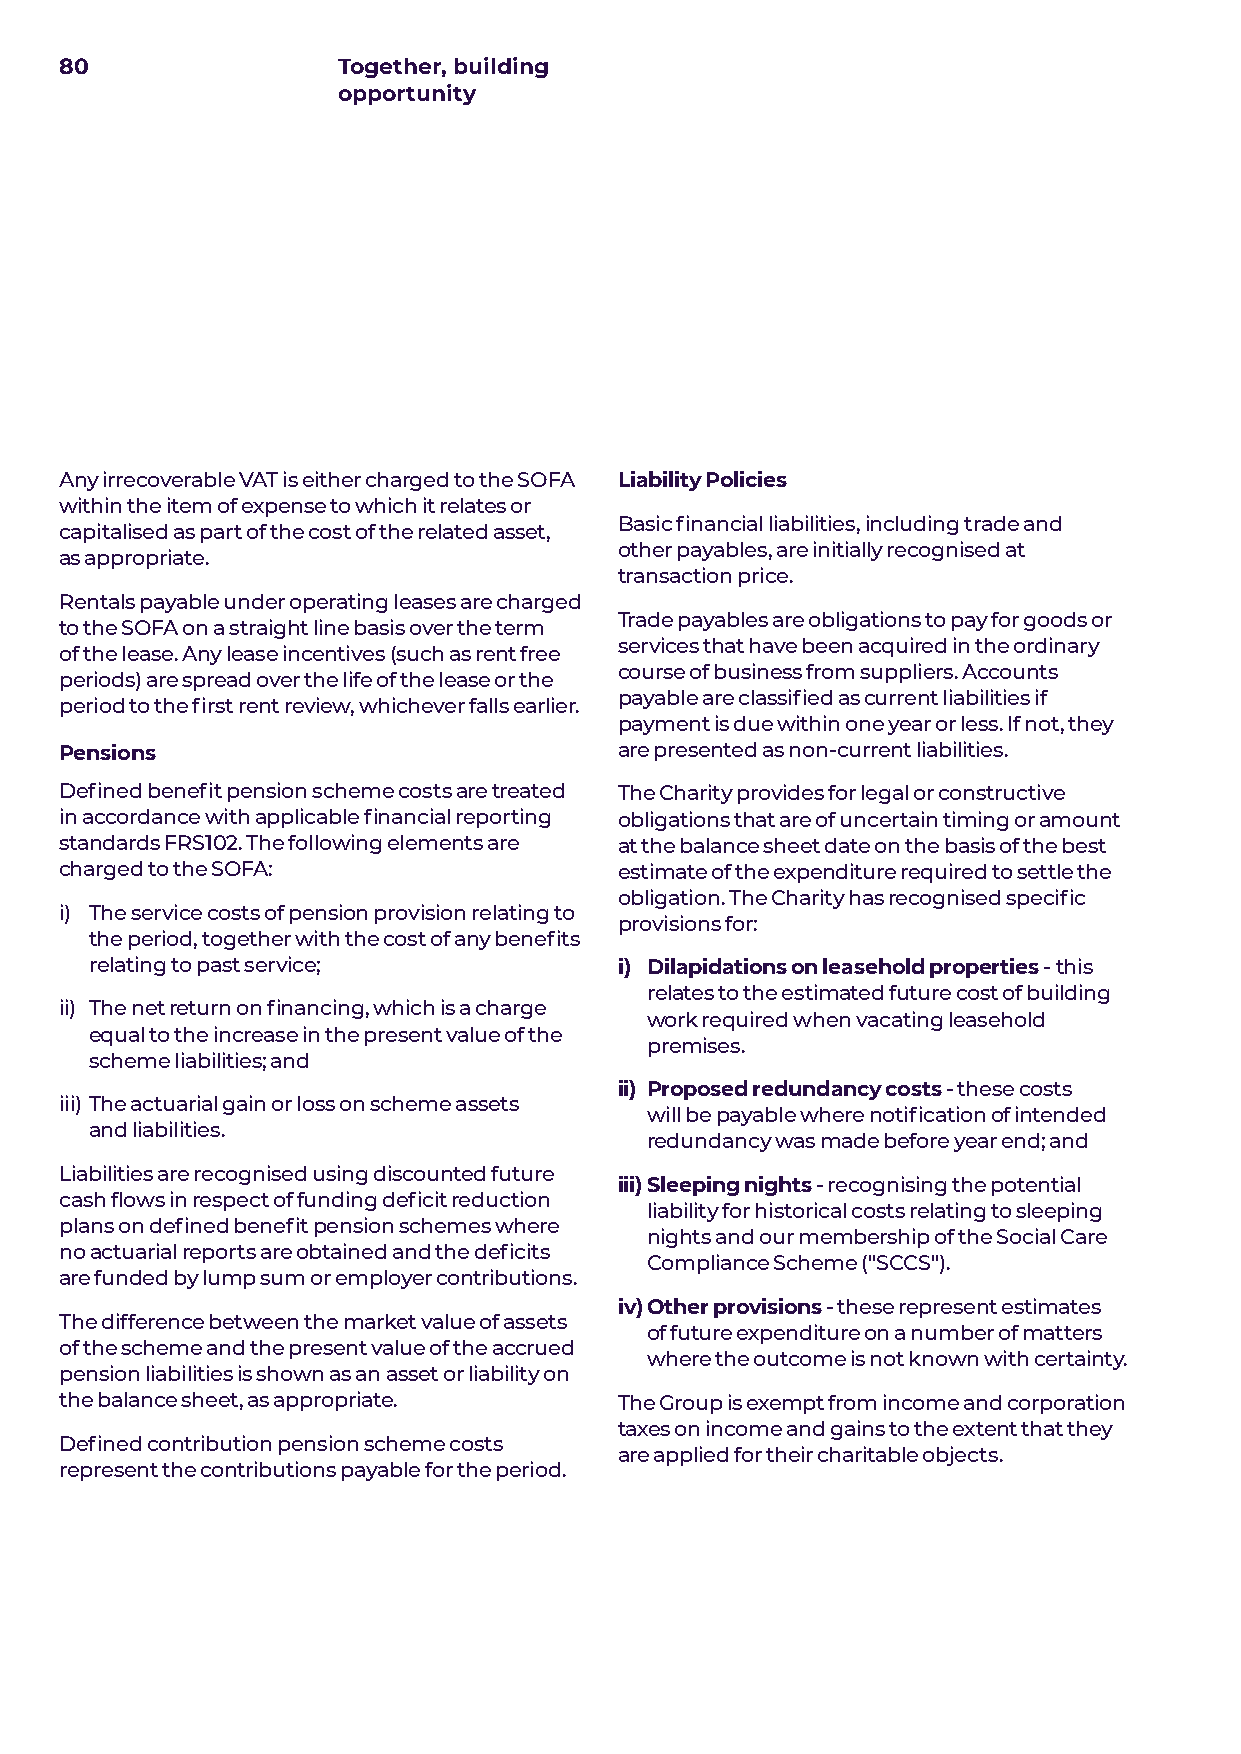
80                Together, building
 opportunity
 Any irrecoverable VAT is either charged to the SOFA Liability Policies
 within the item of expense to which it relates or
 Basic financial liabilities, including trade and
 capitalised as part of the cost of the related asset,
 other payables, are initially recognised at
 as appropriate.
 transaction price.
 Rentals payable under operating leases are charged
 Trade payables are obligations to pay for goods or
 to the SOFA on a straight line basis over the term
 services that have been acquired in the ordinary
 of the lease. Any lease incentives (such as rent free
 course of business from suppliers. Accounts
 periods) are spread over the life of the lease or the
 payable are classified as current liabilities if
 period to the first rent review, whichever falls earlier.
 payment is due within one year or less. If not, they
 Pensions                             are presented as non-current liabilities.
 Defined benefit pension scheme costs are treated The Charity provides for legal or constructive
 in accordance with applicable financial reporting obligations that are of uncertain timing or amount
 standards FRS102. The following elements are at the balance sheet date on the basis of the best
 charged to the SOFA:                 estimate of the expenditure required to settle the
 obligation. The Charity has recognised specific
 i) T he service costs of pension provision relating to
 provisions for:
 the period, together with the cost of any benefits
 relating to past service;          i) D ilapidations on leasehold properties - this
 relates to the estimated future cost of building
 ii) The net return on financing, which is a charge
 work required when vacating leasehold
 equal to the increase in the present value of the
 premises.
 scheme liabilities; and
 ii) P roposed redundancy costs - these costs
 iii) T he actuarial gain or loss on scheme assets
 will be payable where notification of intended
 and liabilities.
 redundancy was made before year end; and
 Liabilities are recognised using discounted future
 iii) S leeping nights - recognising the potential
 cash flows in respect of funding deficit reduction
 liability for historical costs relating to sleeping
 plans on defined benefit pension schemes where
 nights and our membership of the Social Care
 no actuarial reports are obtained and the deficits
 Compliance Scheme ("SCCS").
 are funded by lump sum or employer contributions.
 iv) O ther provisions - these represent estimates
 The difference between the market value of assets
 of future expenditure on a number of matters
 of the scheme and the present value of the accrued
 where the outcome is not known with certainty.
 pension liabilities is shown as an asset or liability on
 the balance sheet, as appropriate.   The Group is exempt from income and corporation
 taxes on income and gains to the extent that they
 Defined contribution pension scheme costs
 are applied for their charitable objects.
 represent the contributions payable for the period.